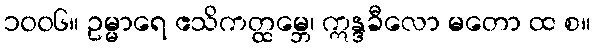
၁၀၀၆။ ဥမ္မာရေ ဧသိကတ္ထမ္ဘေ၊ ဣန္ဒခီလော မတော ထ စ။